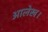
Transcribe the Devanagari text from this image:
आलेख।